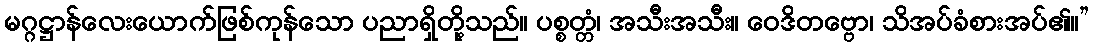
မဂ္ဂဋ္ဌာန်လေးယောက်ဖြစ်ကုန်သော ပညာရှိတို့သည်။ ပစ္စတ္တံ၊ အသီးအသီး။ ဝေဒိတဗ္ဗော၊ သိအပ်ခံစားအပ်၏။”